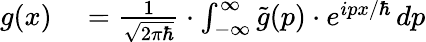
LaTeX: \begin{array}{rl}{g(x)}&{{}={\frac{1}{\sqrt{2\pi\hbar}}}\cdot\int_{-\infty}^{\infty}{\tilde{g}}(p)\cdot e^{ipx/\hbar}\, dp}\end{array}